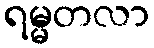
ရမ္မတလာ